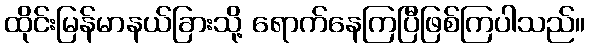
ထိုင်းမြန်မာနယ်ခြားသို့ ရောက်နေကြပြီဖြစ်ကြပါသည်။